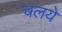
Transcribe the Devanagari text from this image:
चलये